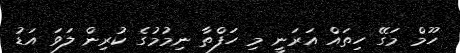
ހޫމް މަގޭ ހިތައް އަރަނީ މި ހަފްތާ ނިމުމުގެ ކުރިން ލަވަ އަޑު